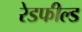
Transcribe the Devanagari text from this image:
रेडफील्ड